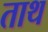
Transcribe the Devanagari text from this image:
ताथ